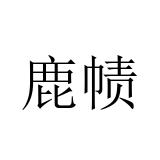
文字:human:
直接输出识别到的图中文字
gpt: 鹿帻